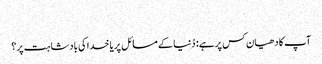
‏
آپ کا دھیان کس پر ہے:‏ دُنیا کے مسائل پر یا خدا کی بادشاہت پر؟